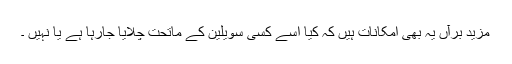
مزید برآں یہ بھی امکانات ہیں کہ کیا اسے کسی سویلین کے ماتحت چلایا جارہا ہے یا نہیں ۔